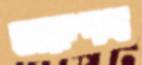
সরুপথ